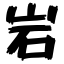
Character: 岩